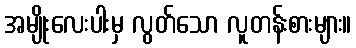
အမျိုးလေးပါးမှ လွတ်သော လူတန်းစားများ။